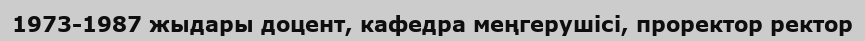
1973-1987 жыдары доцент, кафедра меңгерушісі, проректор ректор